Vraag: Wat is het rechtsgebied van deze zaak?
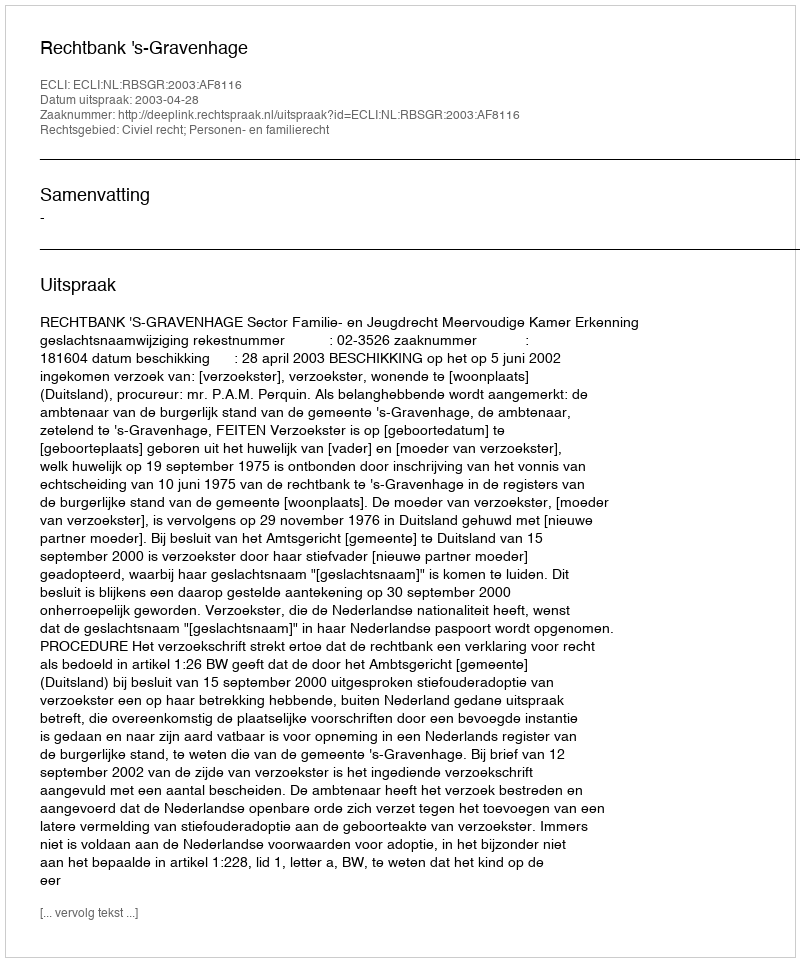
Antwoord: Civiel recht; Personen- en familierecht